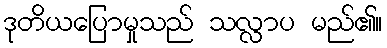
ဒုတိယပြောမှုသည် သလ္လာပ မည်၏။